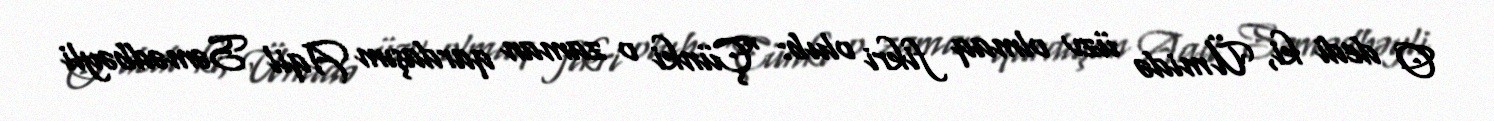
O dedi ki, Ümidə üzv olmaq fikri olub: “Çünki o zaman qardaşım Aqil Səmədbəyli